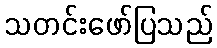
သတင်းဖော်ပြသည်